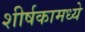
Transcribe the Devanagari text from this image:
शीर्षकामध्ये